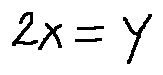
2 x = y